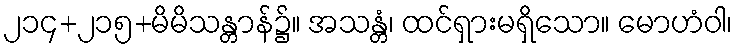
၂၁၄+၂၁၅+မိမိသန္တာန်၌။ အသန္တံ၊ ထင်ရှားမရှိသော။ မောဟံဝါ၊